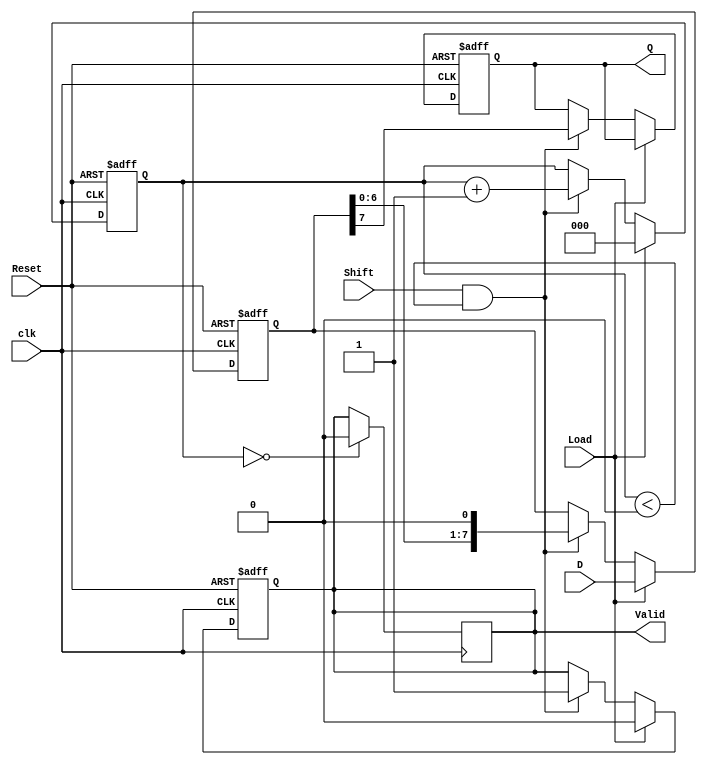
module PISO_Register (
    input wire [7:0] D,           // 8-bit parallel input data
    input wire Load,              // Load control signal
    input wire Shift,             // Shift control signal
    input wire clk,               // Clock signal
    input wire Reset,             // Reset signal
    output reg Q,                 // Serial output
    output reg Valid              // Output valid signal
);

    reg [7:0] shift_reg;          // 8-bit shift register
    reg [2:0] count;              // Count the number of shifts

    // Reset and Load logic
    always @(posedge clk or posedge Reset) begin
        if (Reset) begin
            shift_reg <= 8'b0;     // Clear shift register
            Q <= 1'b0;             // Clear serial output
            Valid <= 1'b0;         // Clear valid signal
            count <= 3'b0;         // Reset count
        end else if (Load) begin
            shift_reg <= D;        // Load data into shift register
            count <= 3'b0;         // Reset count on load
            Valid <= 1'b0;         // Reset valid signal
        end else if (Shift && count < 3'd8) begin
            Q <= shift_reg[7];     // Output the MSB of the shift register
            shift_reg <= shift_reg << 1; // Shift left
            count <= count + 1;    // Increment shift count
            Valid <= 1'b1;          // Indicate output is valid
        end
    end

    // Optional: To hold output after all bits are shifted out
    always @(posedge clk) begin
        if (count == 3'd8) begin
            Valid <= 1'b0;         // Clear valid signal after 8 shifts
        end
    end

endmodule